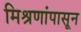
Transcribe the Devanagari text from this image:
मिश्रणांपासून